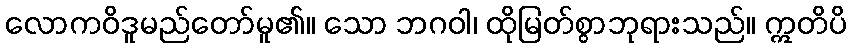
လောကဝိဒူမည်တော်မူ၏။ သော ဘဂဝါ၊ ထိုမြတ်စွာဘုရားသည်။ ဣတိပိ